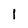
Character: 1